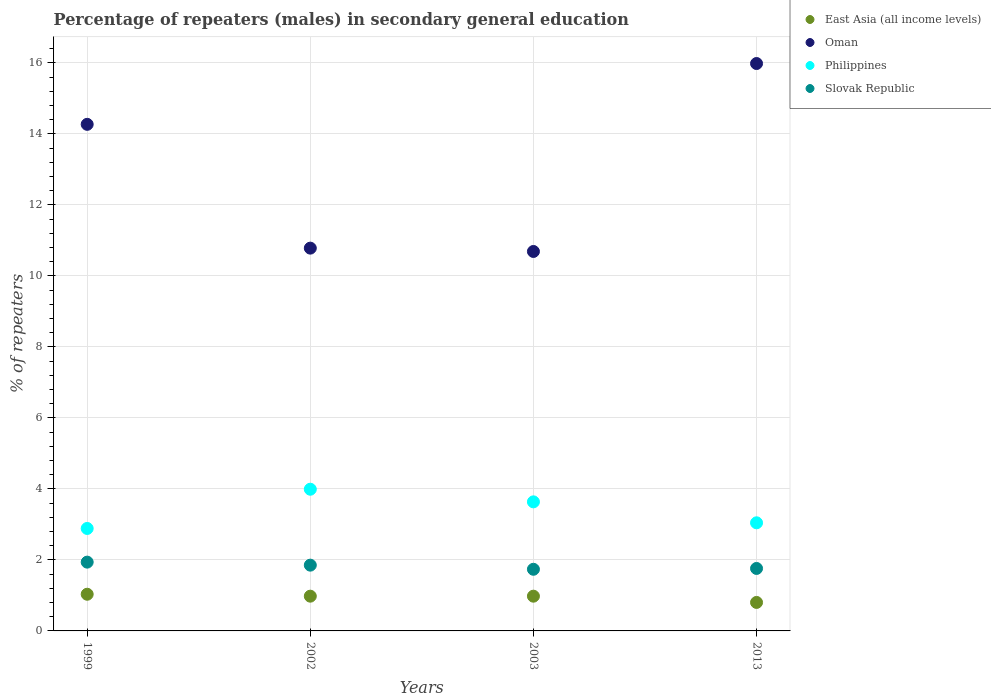
| Years | East Asia (all income levels) | Oman | Philippines | Slovak Republic |
 | --- | --- | --- | --- | --- |
 | 1999 | 1.03 | 14.3 | 2.89 | 1.94 |
 | 2002 | 0.979 | 10.8 | 3.99 | 1.85 |
 | 2003 | 0.978 | 10.7 | 3.64 | 1.74 |
 | 2013 | 0.802 | 16 | 3.04 | 1.76 |